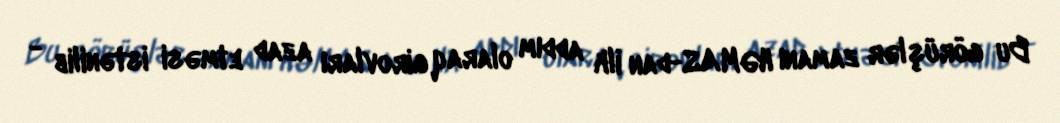
Bu görüşlər zamanı HƏMAS-dan ilk addım olaraq girovları azad etməsi istənilib -